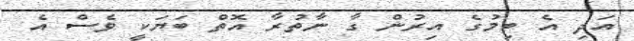
އަދި އެ ބިމުގެ އިރުން ގާ ނާތުރާ އޮތް ބަޔަކީ ވެސް އެ